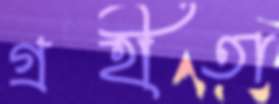
গ্রহীতা